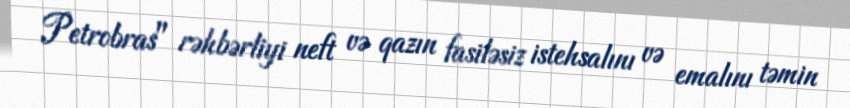
Petrobras" rəhbərliyi neft və qazın fasiləsiz istehsalını və emalını təmin